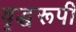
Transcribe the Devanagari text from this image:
वृद्धरूपी